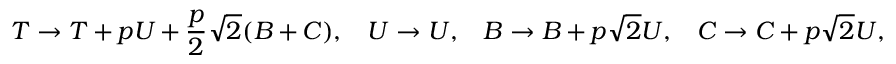
T \rightarrow T + p U + \frac { p } { 2 } \sqrt { 2 } ( B + C ) , \; \; \; U \rightarrow U , \; \; \; B \rightarrow B + p \sqrt { 2 } U , \; \; \; C \rightarrow C + p \sqrt { 2 } U ,